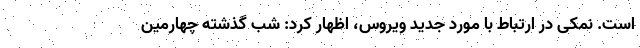
است. نمکی در ارتباط با مورد جدید ویروس، اظهار کرد: شب گذشته چهارمین